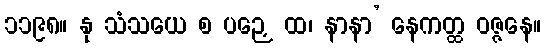
၁၁၉၈။ နု သံသယေ စ ပဉှေ ထ၊ နာနာ’ နေကတ္ထ ဝဇ္ဇနေ။